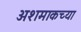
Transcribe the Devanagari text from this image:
अशमाकच्या